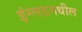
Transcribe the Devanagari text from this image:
इंग्लडमधील